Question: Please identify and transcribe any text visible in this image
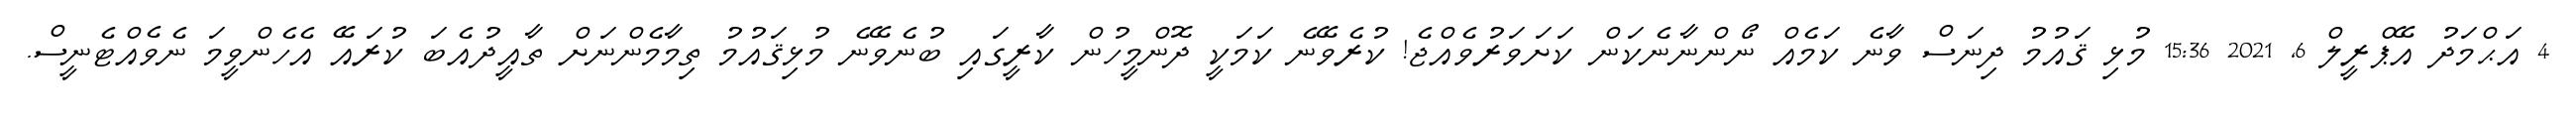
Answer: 4 އަޙްމަދު އޭޕްރީލް 6, 2021 15:36 މުޅި ޤައުމު ދިނަސް ވާނެ ކަމެއް ނޯންނާނެކަން ކަށަވަރުވެއްޖެ! ކުރެވޭނެ ކަމަކީ ދޮންމީހުން ކާރީގައި ބުނެވޭނެ މުޅިޤައުމު ތިމާމެންނަށް ތާއީދުއެބަ ކުރައޭ އެހެންވީމަ ނެވެއްޓެނީސް.